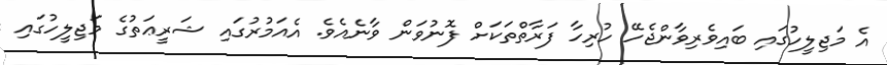
އެ މަޖިލީހުގައި ބައިވެރިވާންޖެހޭ ހުރިހާ ފަރާތްތަކަށް ފޮނުވަން ވާނެއެވެ. އެއަމުރުގައި ޝަރީޢަތުގެ މަޖިލީހުގައި